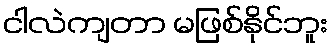
ငါလဲကျတာ မဖြစ်နိုင်ဘူး